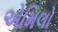
એમિલો